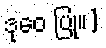
ဒုဝေ ပြု။]